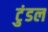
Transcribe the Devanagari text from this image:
टुंडल